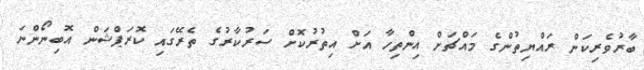
ބާރުވެރިކަން ރައްޔިތުންގެ މައްޗަށް އިންތިހާ އަށް އިތުރުކޮށް ސަރުކާރުގެ ތެރޭގައި ކޮރަޕްޝަން އޮބިނޯންނަ